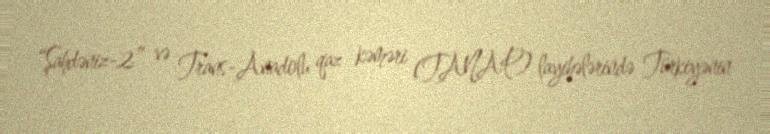
“Şahdəniz-2” və Trans-Anadolu qaz kəməri (TANAP) layihələrində Türkiyənin